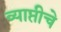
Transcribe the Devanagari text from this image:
व्याप्तीचे